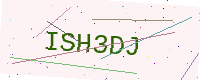
Text: ISH3DJ